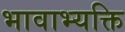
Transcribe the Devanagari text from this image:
भावाभ्यक्ति